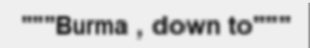
"""Burma , down to"""